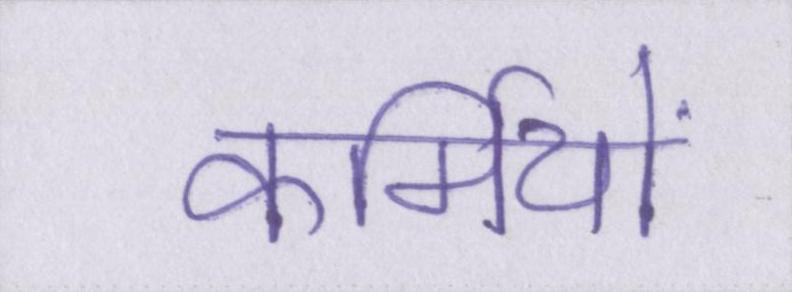
कर्मियों